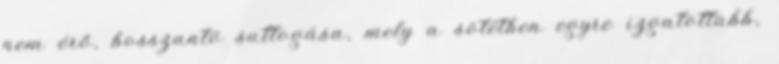
nem érő, bosszantó suttogása, mely a sötétben egyre izgatottabb,